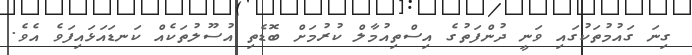
ގިނަ ގައުމުތަކުގައި ވަނީ ދުންފަތުގެ އިސްތިއުމާލް ކުރުމަށް ބޮޑެތި އުސޫލުތަކެއް ކަނޑައަޅައިފަވެ އެވެ.